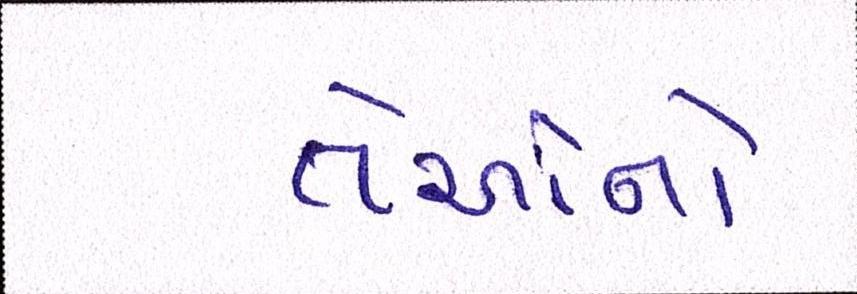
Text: તેઓનો